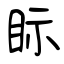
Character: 眎